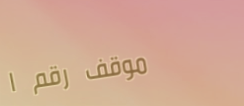
موقف رقم ١